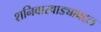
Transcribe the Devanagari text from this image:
शनिवारवाड्याबद्दल